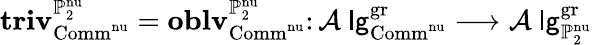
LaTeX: \mathbf{triv}_{\mathrm{Comm}^{\mathrm{nu}}}^{\mathbb{P}_{2}^{\mathrm{nu}}}=\mathbf{oblv}_{\mathrm{Comm}^{\mathrm{nu}}}^{\mathbb{P}_{2}^{\mathrm{nu}}}\colon\mathcal{A}\mathrm{\sf~lg}_{\mathrm{Comm}^{\mathrm{nu}}}^{\mathrm{gr}}\longrightarrow\mathcal{A}\mathrm{\sf~lg}_{\mathbb{P}_{2}^{\mathrm{nu}}}^{\mathrm{gr}}